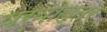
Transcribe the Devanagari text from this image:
पर्वोत्तर